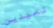
تعيدين